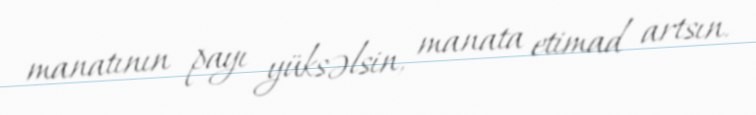
manatının payı yüksəlsin, manata etimad artsın.